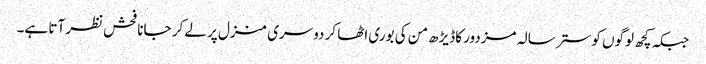
جبکہ کچھ لوگوں کو ستر سالہ مزدور کاڈیڑھ من کی بوری اٹھا کر دوسری منزل پر لے کر جانا فحش نظر آتا ہے۔